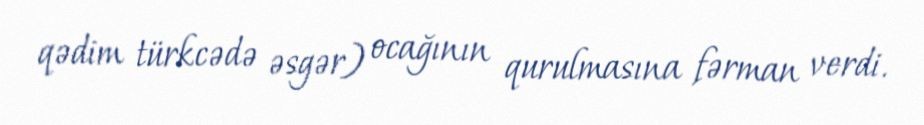
qədim türkcədə əsgər) ocağının qurulmasına fərman verdi.